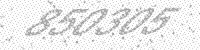
Solution: 850305